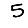
Digit: 5